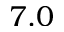
7 . 0